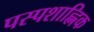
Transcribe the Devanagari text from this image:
पस्पशाह्निक